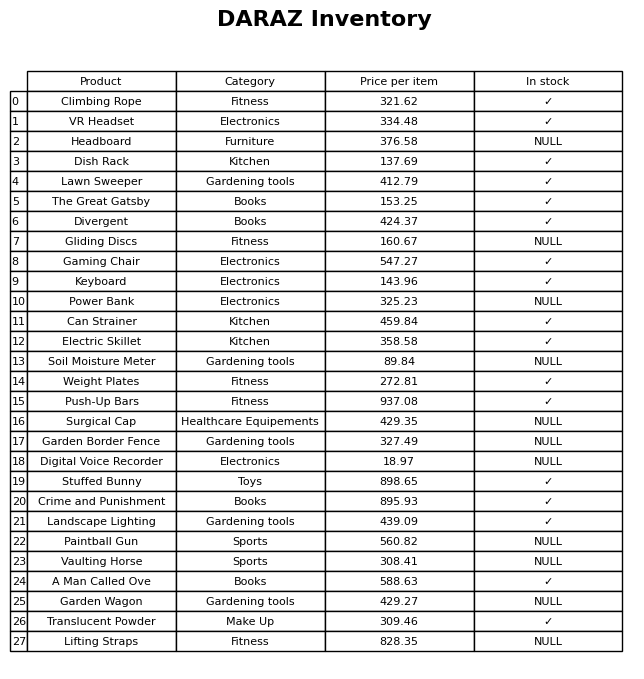
question: Is the Surgical Cap in stock?
answer: NULL